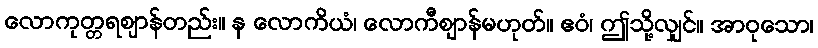
လောကုတ္တရဈာန်တည်း။ န လောကိယံ၊ လောကီဈာန်မဟုတ်။ ဧဝံ၊ ဤသို့လျှင်။ အာဝုသော၊